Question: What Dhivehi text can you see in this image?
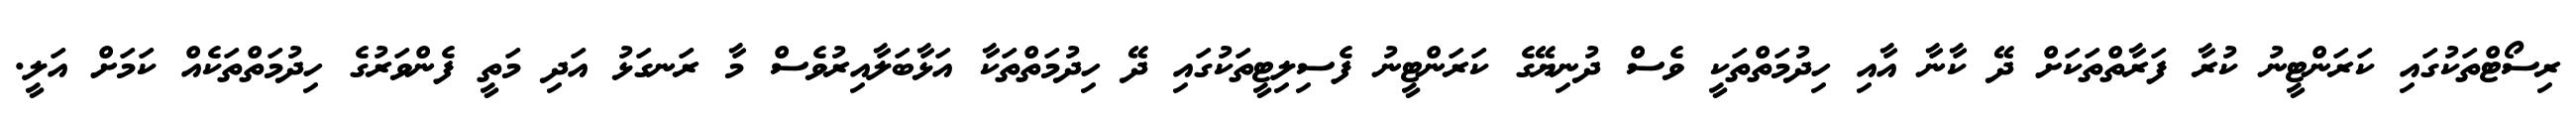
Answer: ރިސޯޓްތަކުގައި ކަރަންޓީނު ކުރާ ފަރާތްތަކަށް ދޭ ކާނާ އާއި ހިދުމަތްތަކީ ވެސް ދުނިޔޭގެ ކަރަންޓީނު ފެސިލިޓީތަކުގައި ދޭ ހިދުމަތްތަކާ އަޅާބަލާއިރުވެސް މާ ރަނގަޅު އަދި މަތީ ފެންވަރުގެ ހިދުމަތްތަކެއް ކަމަށް އަލީ.